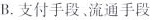
B.支付手段、流通手段